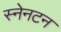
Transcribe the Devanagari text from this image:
स्नेनटन